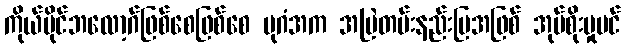
ကိုယ်ပိုင်ဘလော့ဂ်ဖြစ်စေဖြစ်စေ ပုဂံအက အမြဲတမ်းနည်းပြအဖြစ် အုပ်စိုးမှုပင်